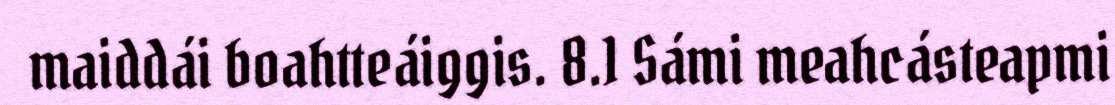
maiddái boahtteáiggis. 8.1 Sámi meahcásteapmi